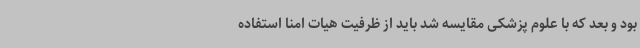
بود و بعد که با علوم پزشکی مقایسه شد باید از ظرفیت هیات امنا استفاده